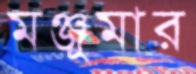
মঞ্জুমার